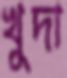
খুদা